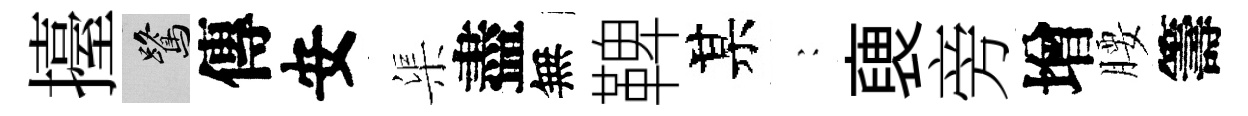
擡鷺傳安渠盡無鞞某巍褏旁增腰籌